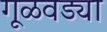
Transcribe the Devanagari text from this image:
गूळवड्या